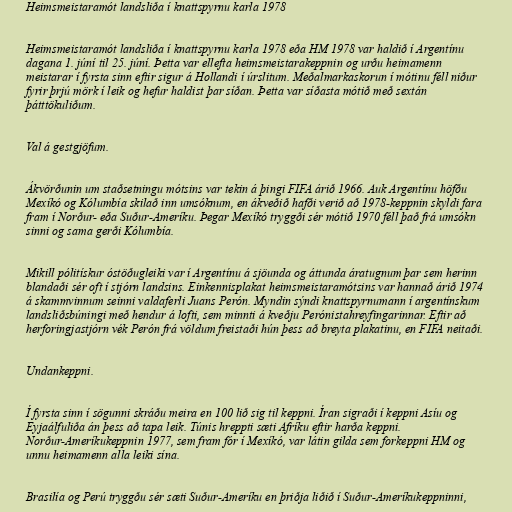
Heimsmeistaramót landsliða í knattspyrnu karla 1978

Heimsmeistaramót landsliða í knattspyrnu karla 1978 eða HM 1978 var haldið í Argentínu
dagana 1. júní til 25. júní. Þetta var ellefta heimsmeistarakeppnin og urðu heimamenn
meistarar í fyrsta sinn eftir sigur á Hollandi í úrslitum. Meðalmarkaskorun í mótinu féll niður
fyrir þrjú mörk í leik og hefur haldist þar síðan. Þetta var síðasta mótið með sextán
þátttökuliðum.

Val á gestgjöfum.

Ákvörðunin um staðsetningu mótsins var tekin á þingi FIFA árið 1966. Auk Argentínu höfðu
Mexíkó og Kólumbía skilað inn umsóknum, en ákveðið hafði verið að 1978-keppnin skyldi fara
fram í Norður- eða Suður-Ameríku. Þegar Mexíkó tryggði sér mótið 1970 féll það frá umsókn
sinni og sama gerði Kólumbía.

Mikill pólitískur óstöðugleiki var í Argentínu á sjöunda og áttunda áratugnum þar sem herinn
blandaði sér oft í stjórn landsins. Einkennisplakat heimsmeistaramótsins var hannað árið 1974
á skammvinnum seinni valdaferli Juans Perón. Myndin sýndi knattspyrnumann í argentínskum
landsliðsbúningi með hendur á lofti, sem minnti á kveðju Perónistahreyfingarinnar. Eftir að
herforingjastjórn vék Perón frá völdum freistaði hún þess að breyta plakatinu, en FIFA neitaði.

Undankeppni.

Í fyrsta sinn í sögunni skráðu meira en 100 lið sig til keppni. Íran sigraði í keppni Asíu og
Eyjaálfuliða án þess að tapa leik. Túnis hreppti sæti Afríku eftir harða keppni.
Norður-Ameríkukeppnin 1977, sem fram fór í Mexíkó, var látin gilda sem forkeppni HM og
unnu heimamenn alla leiki sína.

Brasilía og Perú tryggðu sér sæti Suður-Ameríku en þriðja liðið í Suður-Ameríkukeppninni,